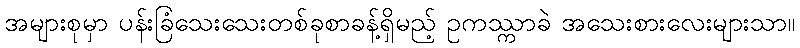
အများစုမှာ ပန်းခြံသေးသေးတစ်ခုစာခန့်ရှိမည့် ဥကဿ္ကာခဲ အသေးစားလေးများသာ။